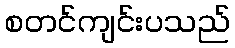
စတင်ကျင်းပသည်